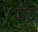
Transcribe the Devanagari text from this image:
पेद्रे